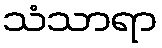
သံသာရာ